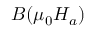
B ( \mu _ { 0 } H _ { a } )